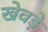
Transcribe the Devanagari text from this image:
खेवड़े